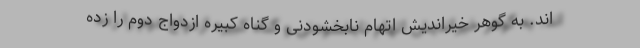
اند. به گوهر خیراندیش اتهام نابخشودنی و گناه کبیره ازدواج دوم را زده